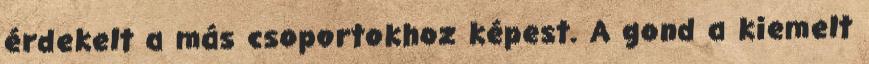
érdekelt a más csoportokhoz képest. A gond a kiemelt